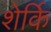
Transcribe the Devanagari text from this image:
शेर्कि